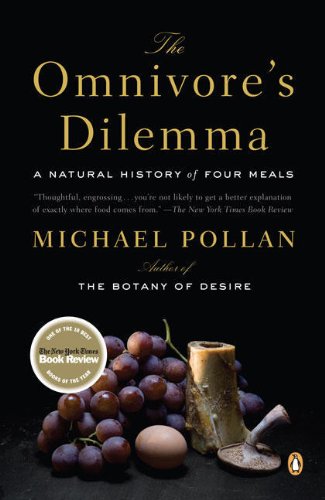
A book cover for The Omnivore's Dilemma: A Natural History of Four Meals; Michael Pollan; Humor & Entertainment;